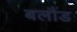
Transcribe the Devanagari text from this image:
बलौंड